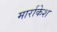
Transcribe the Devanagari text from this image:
मार्राकेश